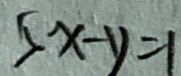
5 x - y = 1